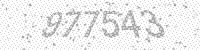
Solution: 977543